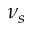
\nu _ { s }